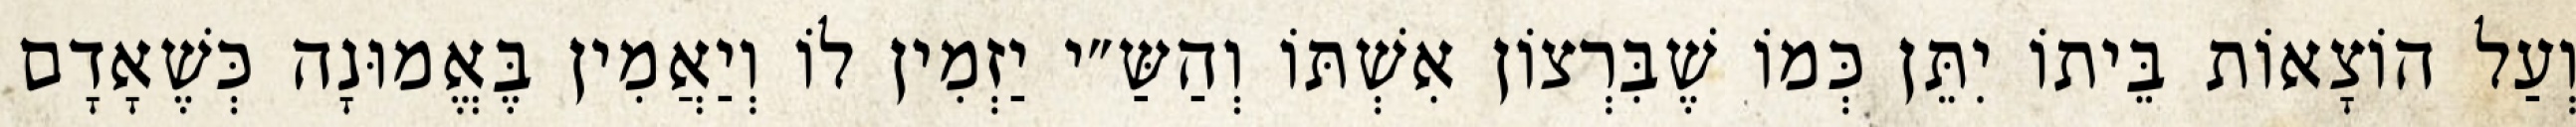
וְעַל הוֹצָאוֹת בֵּיתוֹ יִתֵּן כְּמוֹ שֶׁבִּרְצוֹן אִשְׁתּוֹ וְהַשַּ״י יַזְמִין לוֹ וְיַאֲמִין בֶּאֱמוּנָה כְּשֶׁאָדָם